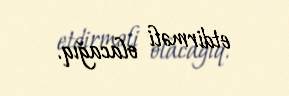
etdirməli olacağıq.